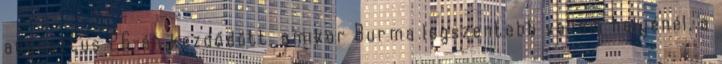
augusztus 26-án kezdődött, amikor Burma legszentebb vallási helyénél, a